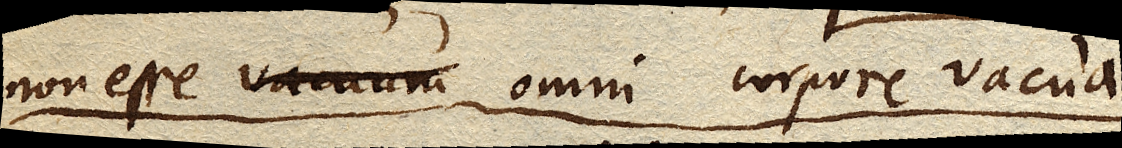
non esse vacuum omni corpore vacua.